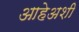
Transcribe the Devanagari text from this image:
आहेअशी